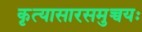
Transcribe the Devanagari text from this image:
कृत्यासारसमुच्चयः